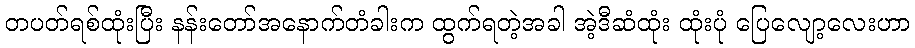
တပတ်ရစ်ထုံးပြီး နန်းတော်အနောက်တံခါးက ထွက်ရတဲ့အခါ အဲ့ဒီဆံထုံး ထုံးပုံ ပြေလျော့လေးဟာ